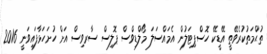
ތުޙްމަތުކުރެވޭތީ އޭޑީކޭ ހޮސްޕިޓަލުން އެމައްސަލަ މޯލްޑިވްސް ޕޮލިސް ސާރވިސް އަށް ހުށަހަޅާފައިވަނީ 2016